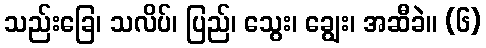
သည်းခြေ၊ သလိပ်၊ ပြည်၊ သွေး၊ ချွေး၊ အဆီခဲ။ (၆)